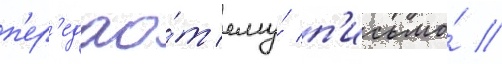
п'ер'едао́т ему́ п'исьмо́ /